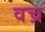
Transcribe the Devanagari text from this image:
वच्र